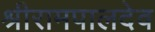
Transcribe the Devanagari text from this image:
श्रीरामपालदेव